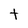
Character: t